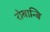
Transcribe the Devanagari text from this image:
रोबान्बि